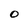
Character: 0